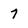
Character: 7